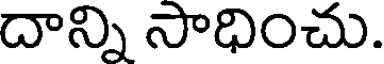
దాన్ని సాధించు.